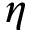
\eta